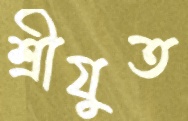
শ্রীযুত